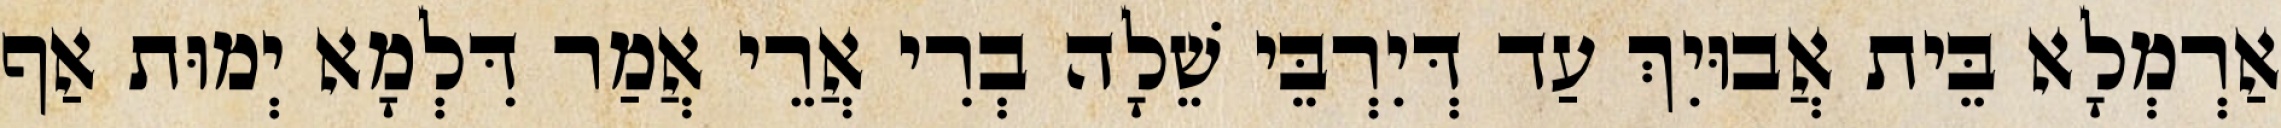
אַרְמְלָא בֵּית אֲבוּיִךְ עַד דְּיִרְבֵּי שֵׁלָה בְרִי אֲרֵי אֲמַר דִּלְמָא יְמוּת אַף